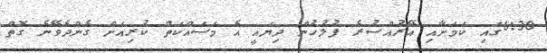
6:30ގައި ކަމަށާއި އޭރުއްސުރެ ފުލުހުން ދިޔައީ އެ މަސައްކަތް ކުރިއަށް ގެންދެވޭނެ ގޮތް